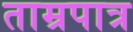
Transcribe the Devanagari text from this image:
ताम्रपात्र